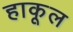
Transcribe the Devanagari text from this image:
हाकूल